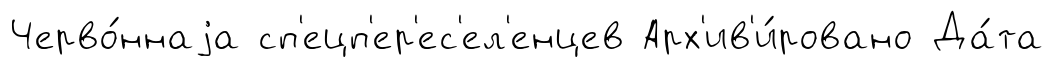
Черво́ннаjа сп'ецп'ер'ес'ел'енцев Арх'ив'и́ровано Да́та